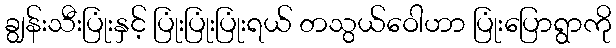
ချွန်းသီးပြုံးနှင့် ပြုံးပြုံးပြုံးရယ် တသွယ်ဝေါဟာ ပြုံးပြောရွာကို